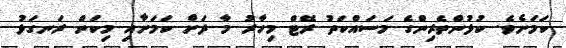
ކަމަށެވެ. ކުޅުންތެރިންގެ މަސައްކަތު ރޭޓް މިހާރު މާ ދަށް ކަމަށާއި މިކަން ރަނގަޅު